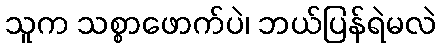
သူက သစ္စာဖောက်ပဲ၊ ဘယ်ပြန်ရဲမလဲ